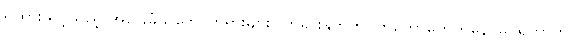
ရှိထားသင့်သည့် အခြေခံသဘောတရားများ) ဘုရားနှုတ်ကပတ်တော်တွေကနေ မြင်ရတာက